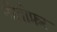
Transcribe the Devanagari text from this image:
नीलोफ़र